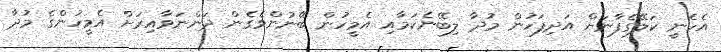
އެހެނީ ކަލޭގެފާނަށް އަދިފަހުން މުދާ ލިބޭނެކަމާއި އެމީހުން ބޭނުންވެގެން ދަންނަވާއިރަށް އެމީހުންގެ މުދާ